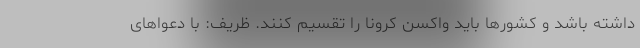
داشته باشد و کشورها باید واکسن کرونا را تقسیم کنند. ظریف: با دعواهای